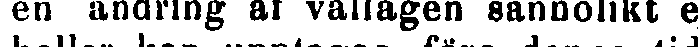
en ändring af vallagen sannolikt e